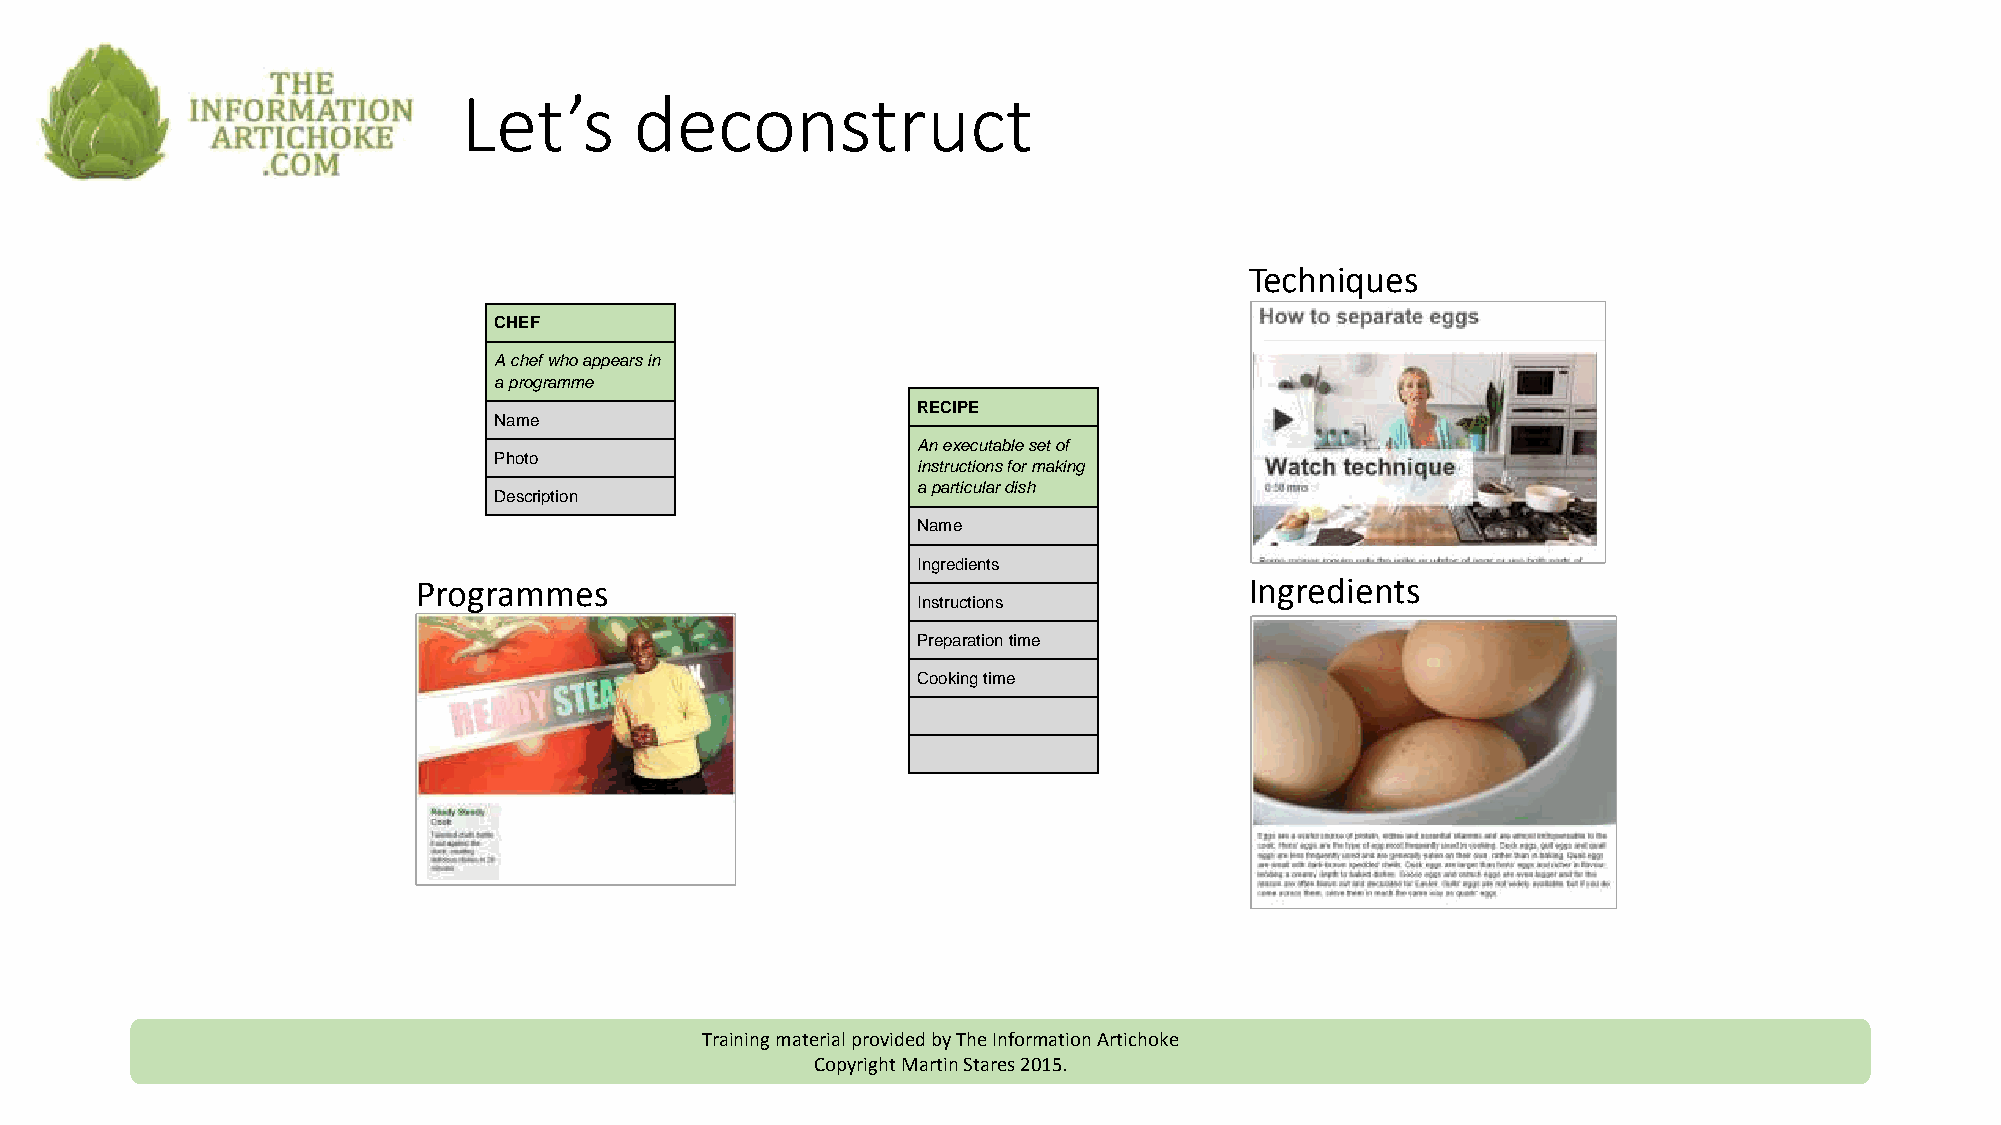
Let’s      deconstruct
 Techniques
 CHEF
 A chef who appears in
 a programme
 RECIPE
 Name
 An executable set of
 Photo
 instructions formaking
 a particular dish
 Description
 Name
 Ingredients
 Programmes                                             Ingredients
 Instructions
 Preparationtime
 PROGRAMME
 Cooking time
 INGREDIENT
 A BBC Food
 programme                                               An ingredient
 Name                                                    Name
 Description                                             Description
 Image                                                   Image
 Buyer’s guide
 Training material provided by The Information Artichoke
 Copyright Martin Stares 2015.